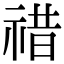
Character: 䄍